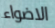
الاضواء